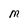
Character: M